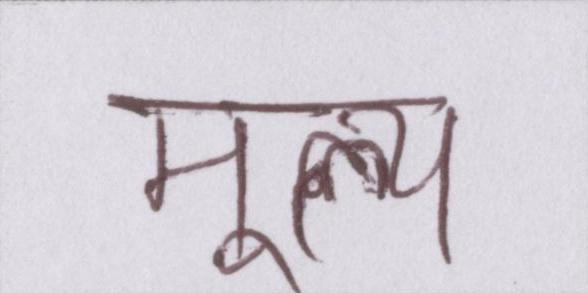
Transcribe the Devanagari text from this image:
मूल्य